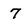
Character: 7